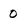
Character: o